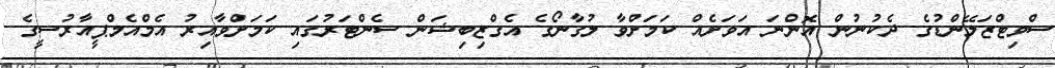
ސްވިޓްޒަލޭންޑުގެ ދެކުނުން އޮންނަ އަވަށެއް ކަމަށްވާ ލުގާނޯގެ އެގްޒިބިޝަން ސެންޓަރުގައި ކަމަށްވާއިރު އެމްއެމްޕީއާރުސީގެ